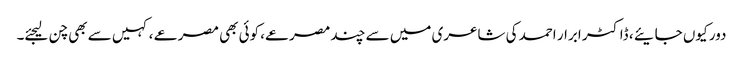
دور کیوں جایئے ، ڈاکٹر ابرار احمد کی شاعری میں سے چند مصرعے، کوئی بھی مصرعے ، کہیں سے بھی چن لیجئے۔